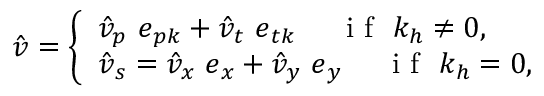
\hat { \boldsymbol { v } } = \left\{ \begin{array} { l l } { \hat { v } _ { p } ~ \boldsymbol { e } _ { p \boldsymbol { k } } + \hat { v } _ { t } ~ \boldsymbol { e } _ { t \boldsymbol { k } } ~ ~ ~ ~ \mathrm { ~ i ~ f ~ } ~ k _ { h } \neq 0 , } \\ { \hat { \boldsymbol { v } } _ { s } = \hat { v } _ { x } ~ \boldsymbol { e } _ { x } + \hat { v } _ { y } ~ \boldsymbol { e } _ { y } ~ ~ ~ ~ \mathrm { ~ i ~ f ~ } ~ k _ { h } = 0 , } \end{array} \right.